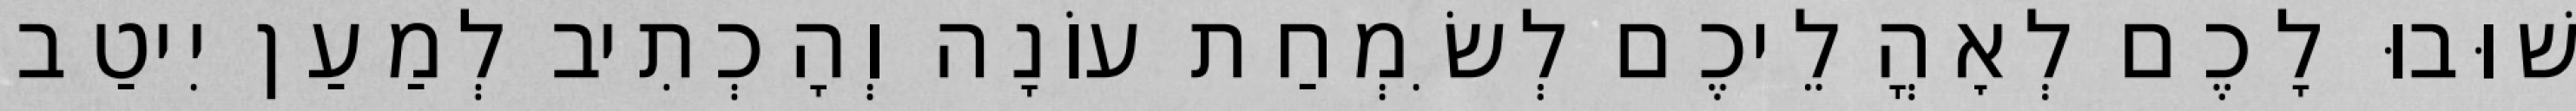
שׁוּבוּ לָכֶם לְאׇהֳלֵיכֶם לְשִׂמְחַת עוֹנָה וְהָכְתִיב לְמַעַן יִיטַב